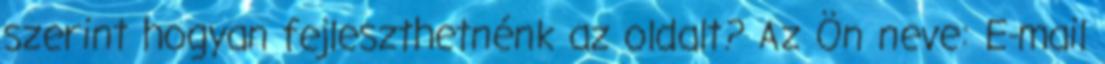
szerint hogyan fejleszthetnénk az oldalt? Az Ön neve: E-mail